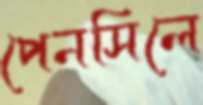
পেনসিলে